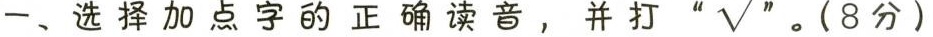
一、选择加点点字的正确读音，并打”√”。(8分)